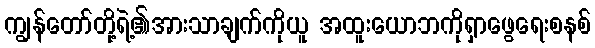
ကျွန်တော်တို့ရဲ့၏အားသာချက်ကိုယူ အထူးယောဘကိုရှာဖွေရေးစနစ်